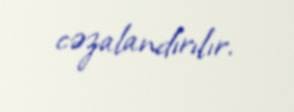
cəzalandırılır.